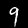
Label: 9